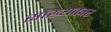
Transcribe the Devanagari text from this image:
सांख्यकार